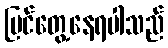
မြင်တွေ့နေရပါသည်